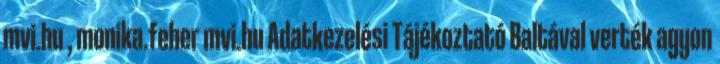
mvi.hu , monika.feher mvi.hu Adatkezelési Tájékoztató Baltával verték agyon